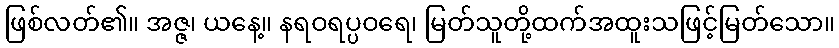
ဖြစ်လတ်၏။ အဇ္ဇ၊ ယနေ့။ နရဝရပ္ပဝရေ၊ မြတ်သူတို့ထက်အထူးသဖြင့်မြတ်သော။